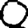
Digit: 0